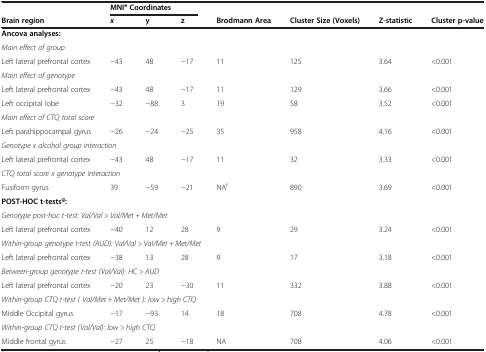
|  | <COLSPAN=3> MNIeCoordinates |  | <COLSPAN=3>  |
 | Brain region | x | y | z | Brodmann Area | Cluster Size (Voxels) | Z-statistic | Cluster p-value |
 | --- | --- | --- | --- | --- | --- | --- | --- |
 | <COLSPAN=8> Ancova analyses: |
 | <COLSPAN=8> Main effect of group |
 | Left lateral prefrontal cortex | −43 | 48 | −17 | 11 | 125 | 3.64 | <0.001 |
 | <COLSPAN=8> Main effect of genotype |
 | Left lateral prefrontal cortex | −43 | 48 | −17 | 11 | 129 | 3.66 | <0.001 |
 | Left occipital lobe | −32 | −88 | 3 | 19 | 58 | 3.52 | <0.001 |
 | <COLSPAN=8> Main effect of CTQ total score |
 | Left parahippocampal gyrus | −26 | −24 | −25 | 35 | 958 | 4.16 | <0.001 |
 | <COLSPAN=8> Genotype x alcohol group interaction |
 | Left lateral prefrontal cortex | −43 | 48 | −17 | 11 | 32 | 3.33 | <0.001 |
 | <COLSPAN=8> CTQ total score x genotype interaction |
 | Fusiform gyrus | 39 | −59 | −21 | NAf | 890 | 3.69 | <0.001 |
 | <COLSPAN=8> POST-HOC t-testsg: |
 | <COLSPAN=8> Genotype post-hoc t-test: Val/Val > Val/Met + Met/Met |
 | Left lateral prefrontal cortex | −40 | 12 | 28 | 9 | 29 | 3.24 | <0.001 |
 | <COLSPAN=8> Within-group genotype t-test (AUD): Val/Val > Val/Met + Met/Met |
 | Left lateral prefrontal cortex | −38 | 13 | 28 | 9 | 17 | 3.18 | <0.001 |
 | <COLSPAN=8> Between-group genotype t-test (Val/Val): HC > AUD |
 | Left lateral prefrontal cortex | −20 | 23 | −30 | 11 | 332 | 3.88 | <0.001 |
 | <COLSPAN=8> Within-group CTQ t-test ( Val/Met + Met/Met ): low > high CTQ |
 | Middle Occipital gyrus | −17 | −93 | 14 | 18 | 708 | 4.78 | <0.001 |
 | <COLSPAN=8> Within-group CTQ t-test (Val/Val): low > high CTQ |
 | Middle frontal gyrus | −27 | 25 | −18 | NA | 708 | 4.06 | <0.001 |